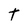
Character: t